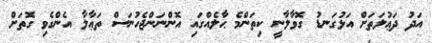
އަދު ދަޢުލަތަށް އަޅުގަނޑު ގޮވާލާނީ ކިތަންމެ ޙާލެއްގައި އޮންނަންޖެހުނަސް ތަޢާލާ އެންގެވި ގޮތަށް